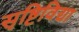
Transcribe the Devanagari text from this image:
सृष्टिविद्या